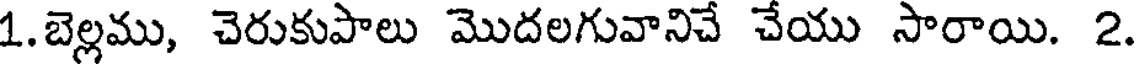
1.బెల్లము, చెరుకుపాలు మొదలగువానిచే చేయు సారాయి. 2